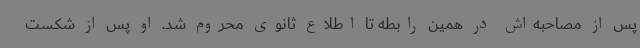
پس از مصاحبه‌اش در همین رابطه تا اطلاع ثانوی محروم شد. او پس از شکست